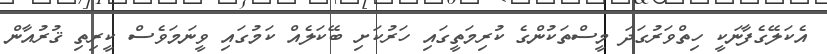
އެކަލޭގެފާނަކީ ހިތްވަރުގަދަ މީސްތަކުންގެ ކުރިމަތީގައި ހަރުކަށި ބޭކަލެއް ކަމުގައި ވީނަމަވެސް ކީރިތި ޤުރުއާން